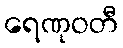
ရေဏုဝတီ